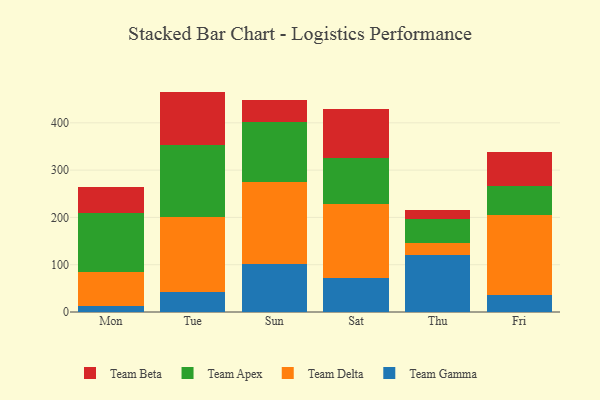
{"axis": {"x": "Day", "y": "LTV (USD)"}, "legend": ["Team Apex", "Team Beta", "Team Delta", "Team Gamma"], "data": [{"x": "Mon", "y": 12.0, "type": "Team Gamma"}, {"x": "Mon", "y": 72.6, "type": "Team Delta"}, {"x": "Mon", "y": 123.7, "type": "Team Apex"}, {"x": "Mon", "y": 55.5, "type": "Team Beta"}, {"x": "Tue", "y": 42.8, "type": "Team Gamma"}, {"x": "Tue", "y": 158.6, "type": "Team Delta"}, {"x": "Tue", "y": 152.5, "type": "Team Apex"}, {"x": "Tue", "y": 112.1, "type": "Team Beta"}, {"x": "Sun", "y": 101.6, "type": "Team Gamma"}, {"x": "Sun", "y": 174.1, "type": "Team Delta"}, {"x": "Sun", "y": 126.6, "type": "Team Apex"}, {"x": "Sun", "y": 45.9, "type": "Team Beta"}, {"x": "Sat", "y": 71.1, "type": "Team Gamma"}, {"x": "Sat", "y": 158.3, "type": "Team Delta"}, {"x": "Sat", "y": 96.8, "type": "Team Apex"}, {"x": "Sat", "y": 104.0, "type": "Team Beta"}, {"x": "Thu", "y": 120.7, "type": "Team Gamma"}, {"x": "Thu", "y": 24.6, "type": "Team Delta"}, {"x": "Thu", "y": 50.3, "type": "Team Apex"}, {"x": "Thu", "y": 20.3, "type": "Team Beta"}, {"x": "Fri", "y": 35.6, "type": "Team Gamma"}, {"x": "Fri", "y": 169.2, "type": "Team Delta"}, {"x": "Fri", "y": 61.5, "type": "Team Apex"}, {"x": "Fri", "y": 72.3, "type": "Team Beta"}]}